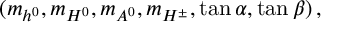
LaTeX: ( m _ { h ^ { 0 } } , m _ { H ^ { 0 } } , m _ { A ^ { 0 } } , m _ { H ^ { \pm } } , \tan \alpha , \tan \beta ) \, ,